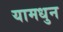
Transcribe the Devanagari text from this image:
यामधुन